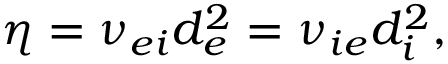
\eta = \nu _ { e i } d _ { e } ^ { 2 } = \nu _ { i e } d _ { i } ^ { 2 } ,